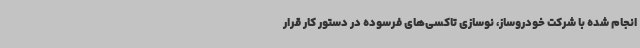
انجام شده با شرکت خودروساز، نوسازی تاکسی‌های فرسوده در دستور کار قرار